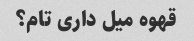
قهوه میل داری تام؟